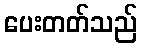
ပေးတတ်သည်